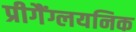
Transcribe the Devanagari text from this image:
प्रीगैंग्लयनिक